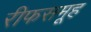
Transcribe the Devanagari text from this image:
रीफसमूह